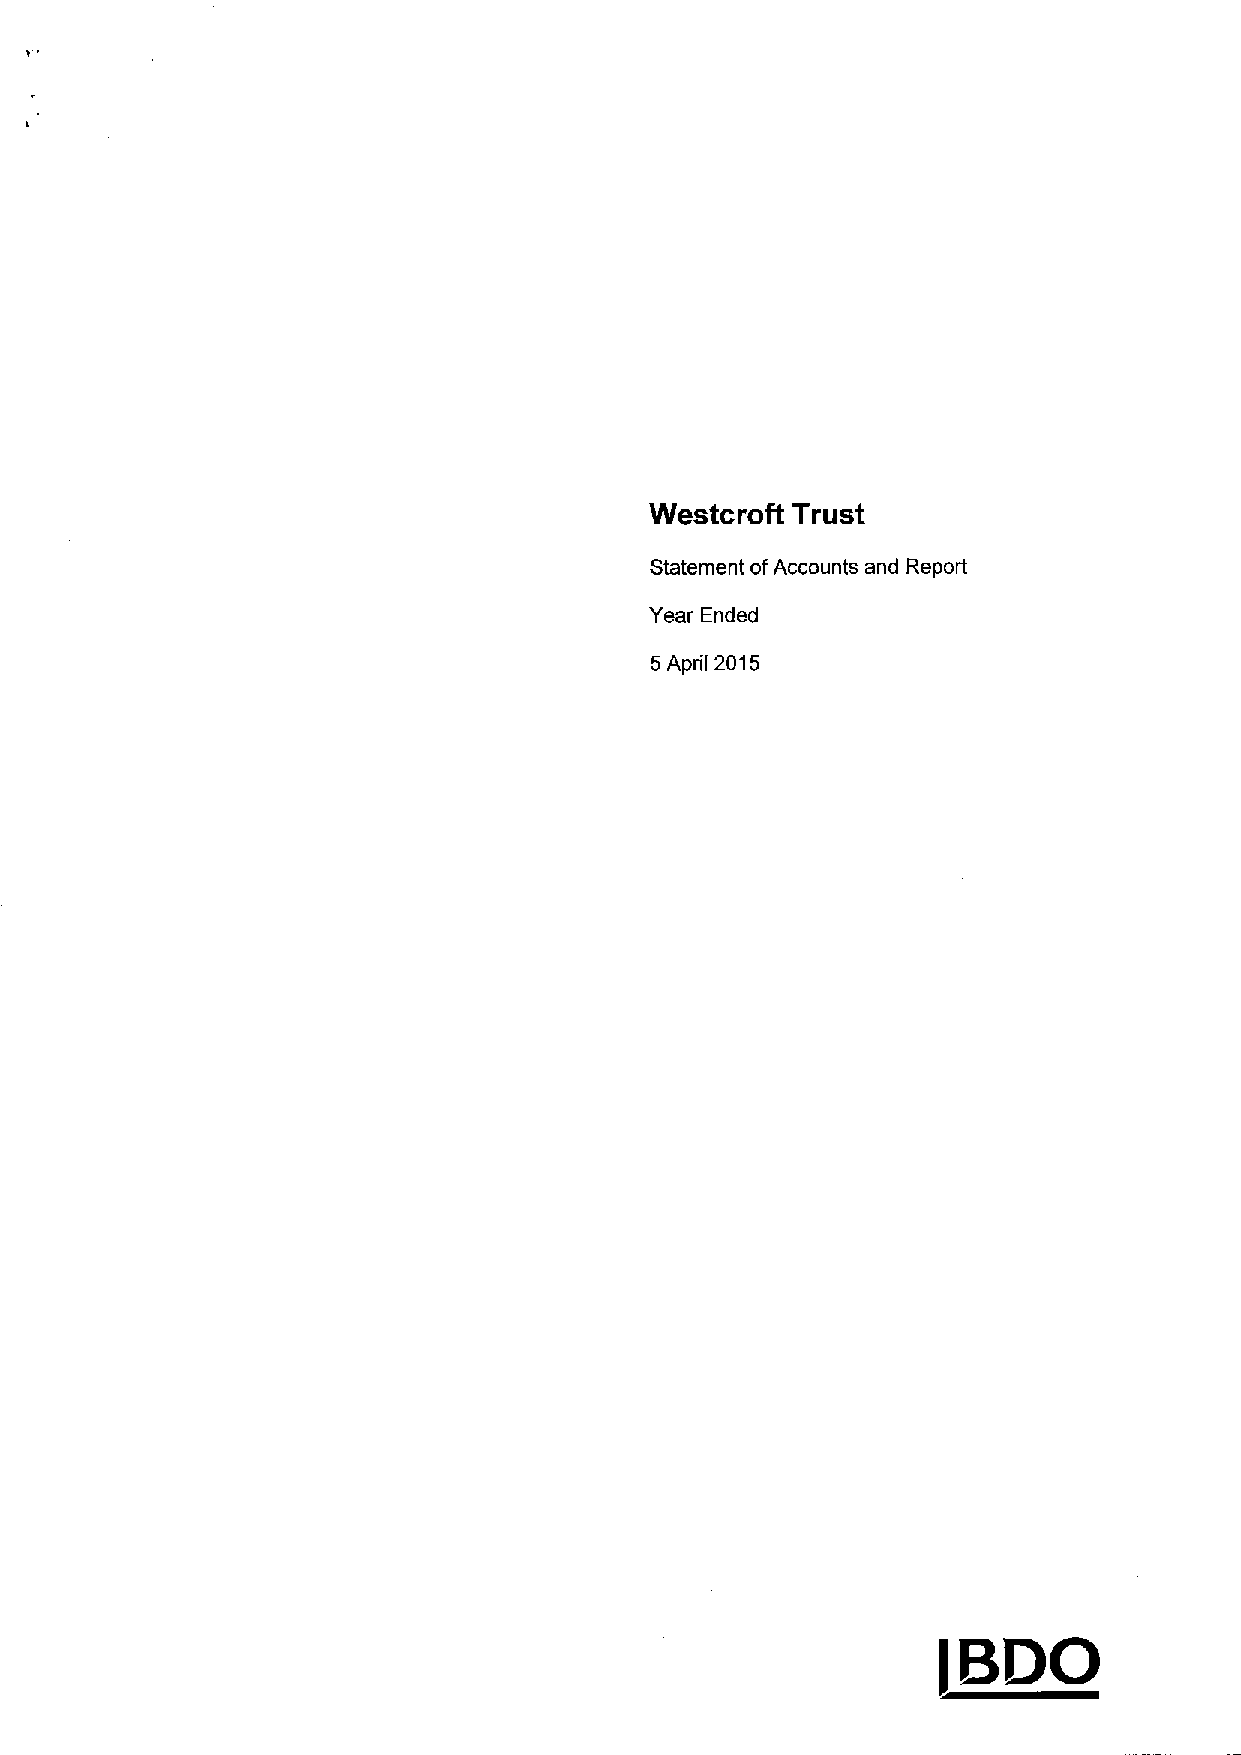
Westcroft Trust
 Statement ofAccounts and Report
 Year Ended
 5April 2015